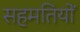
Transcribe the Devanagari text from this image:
सहमतियों